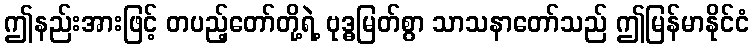
ဤနည်းအားဖြင့် တပည့်တော်တို့ရဲ့ ဗုဒ္ဓမြတ်စွာ သာသနာတော်သည် ဤမြန်မာနိုင်ငံ